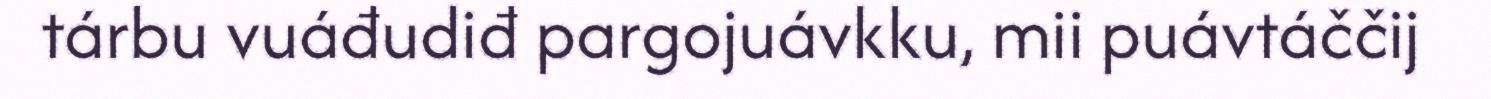
tárbu vuáđudiđ pargojuávkku, mii puávtáččij